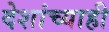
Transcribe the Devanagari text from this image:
देशांच्याही